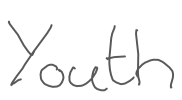
Text: Youth
Cross-out: clean
Writing tool: digital_gray